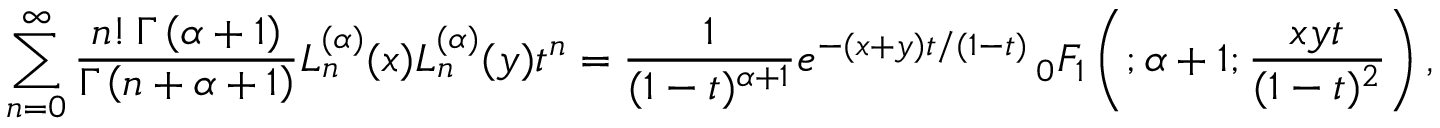
\sum _ { n = 0 } ^ { \infty } { \frac { n ! \, \Gamma \left( \alpha + 1 \right) } { \Gamma \left( n + \alpha + 1 \right) } } L _ { n } ^ { ( \alpha ) } ( x ) L _ { n } ^ { ( \alpha ) } ( y ) t ^ { n } = { \frac { 1 } { ( 1 - t ) ^ { \alpha + 1 } } } e ^ { - ( x + y ) t / ( 1 - t ) } \, _ { 0 } F _ { 1 } \left( ; \alpha + 1 ; { \frac { x y t } { ( 1 - t ) ^ { 2 } } } \right) ,